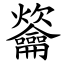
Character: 䶴